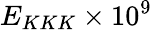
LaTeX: E_{KKK}\times 10^{9}